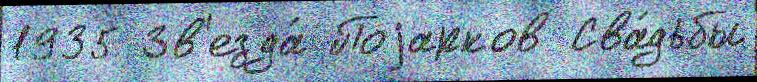
1935 Зв'езда́ Поjарков Сва́дьбы